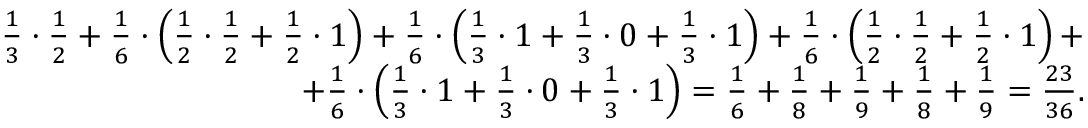
\begin{array} { r } { \frac { 1 } { 3 } \cdot \frac { 1 } { 2 } + \frac { 1 } { 6 } \cdot \left( \frac { 1 } { 2 } \cdot \frac { 1 } { 2 } + \frac { 1 } { 2 } \cdot 1 \right) + \frac { 1 } { 6 } \cdot \left( \frac { 1 } { 3 } \cdot 1 + \frac { 1 } { 3 } \cdot 0 + \frac { 1 } { 3 } \cdot 1 \right) + \frac { 1 } { 6 } \cdot \left( \frac { 1 } { 2 } \cdot \frac { 1 } { 2 } + \frac { 1 } { 2 } \cdot 1 \right) + } \\ { + \frac { 1 } { 6 } \cdot \left( \frac { 1 } { 3 } \cdot 1 + \frac { 1 } { 3 } \cdot 0 + \frac { 1 } { 3 } \cdot 1 \right) = \frac { 1 } { 6 } + \frac { 1 } { 8 } + \frac { 1 } { 9 } + \frac { 1 } { 8 } + \frac { 1 } { 9 } = \frac { 2 3 } { 3 6 } . } \end{array}